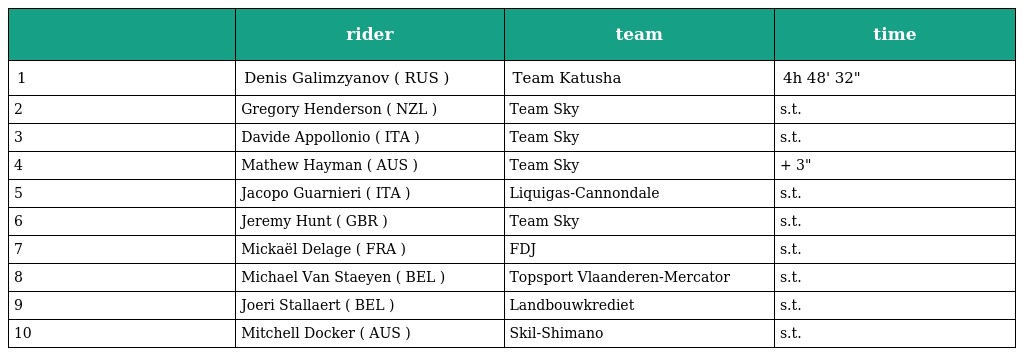
|  | rider | team | time |
 | --- | --- | --- | --- |
 | 1 | Denis Galimzyanov ( RUS ) | Team Katusha | 4h 48' 32" |
 | 2 | Gregory Henderson ( NZL ) | Team Sky | s.t. |
 | 3 | Davide Appollonio ( ITA ) | Team Sky | s.t. |
 | 4 | Mathew Hayman ( AUS ) | Team Sky | + 3" |
 | 5 | Jacopo Guarnieri ( ITA ) | Liquigas-Cannondale | s.t. |
 | 6 | Jeremy Hunt ( GBR ) | Team Sky | s.t. |
 | 7 | Mickaël Delage ( FRA ) | FDJ | s.t. |
 | 8 | Michael Van Staeyen ( BEL ) | Topsport Vlaanderen-Mercator | s.t. |
 | 9 | Joeri Stallaert ( BEL ) | Landbouwkrediet | s.t. |
 | 10 | Mitchell Docker ( AUS ) | Skil-Shimano | s.t. |